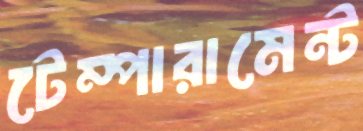
টেম্পারামেন্ট